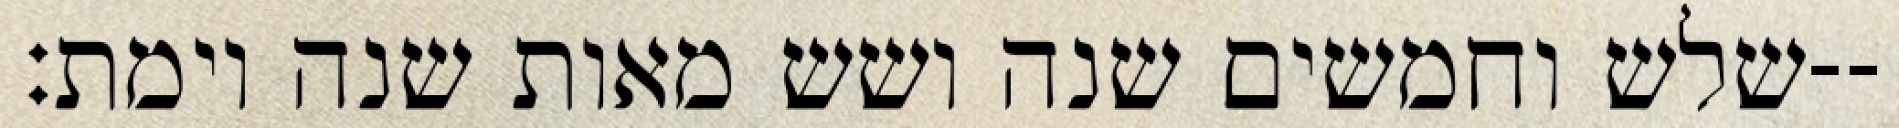
שלש וחמשים שנה ושש מאות שנה וימת׃--